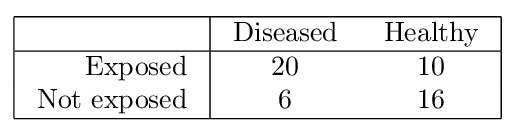
{\begin{array}{|r|cc|}\hline &{\text{ Diseased }}&{\text{ Healthy }}\\\hline {\text{ Exposed }}&20&10\\{\text{ Not exposed }}&6&16\\\hline \end{array}}